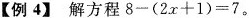
【例4】解方程$$ 8 - ( 2 x + 1 ) = 7$$。